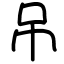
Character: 吊